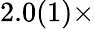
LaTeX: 2.0(1)\times